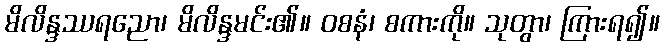
မိလိန္ဒဿရညော၊ မိလိန္ဒမင်း၏။ ဝစနံ၊ စကားကို။ သုတွာ၊ ကြားရ၍။